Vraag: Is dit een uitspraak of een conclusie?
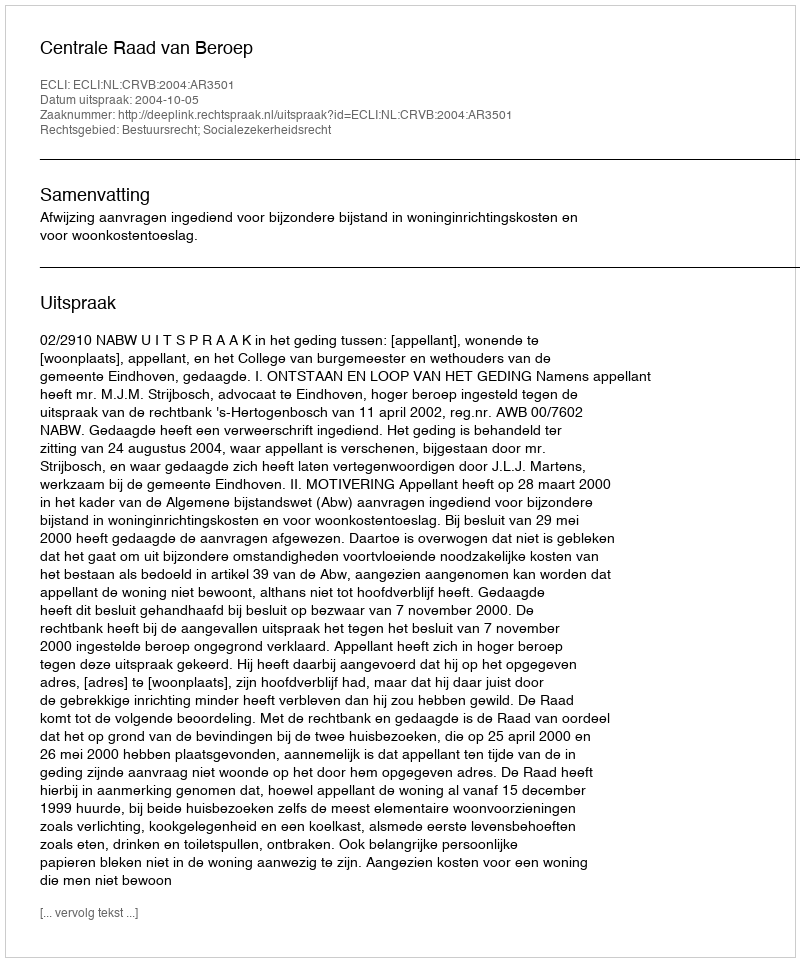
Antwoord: Uitspraak